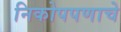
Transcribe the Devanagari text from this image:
निकोपपणाचे